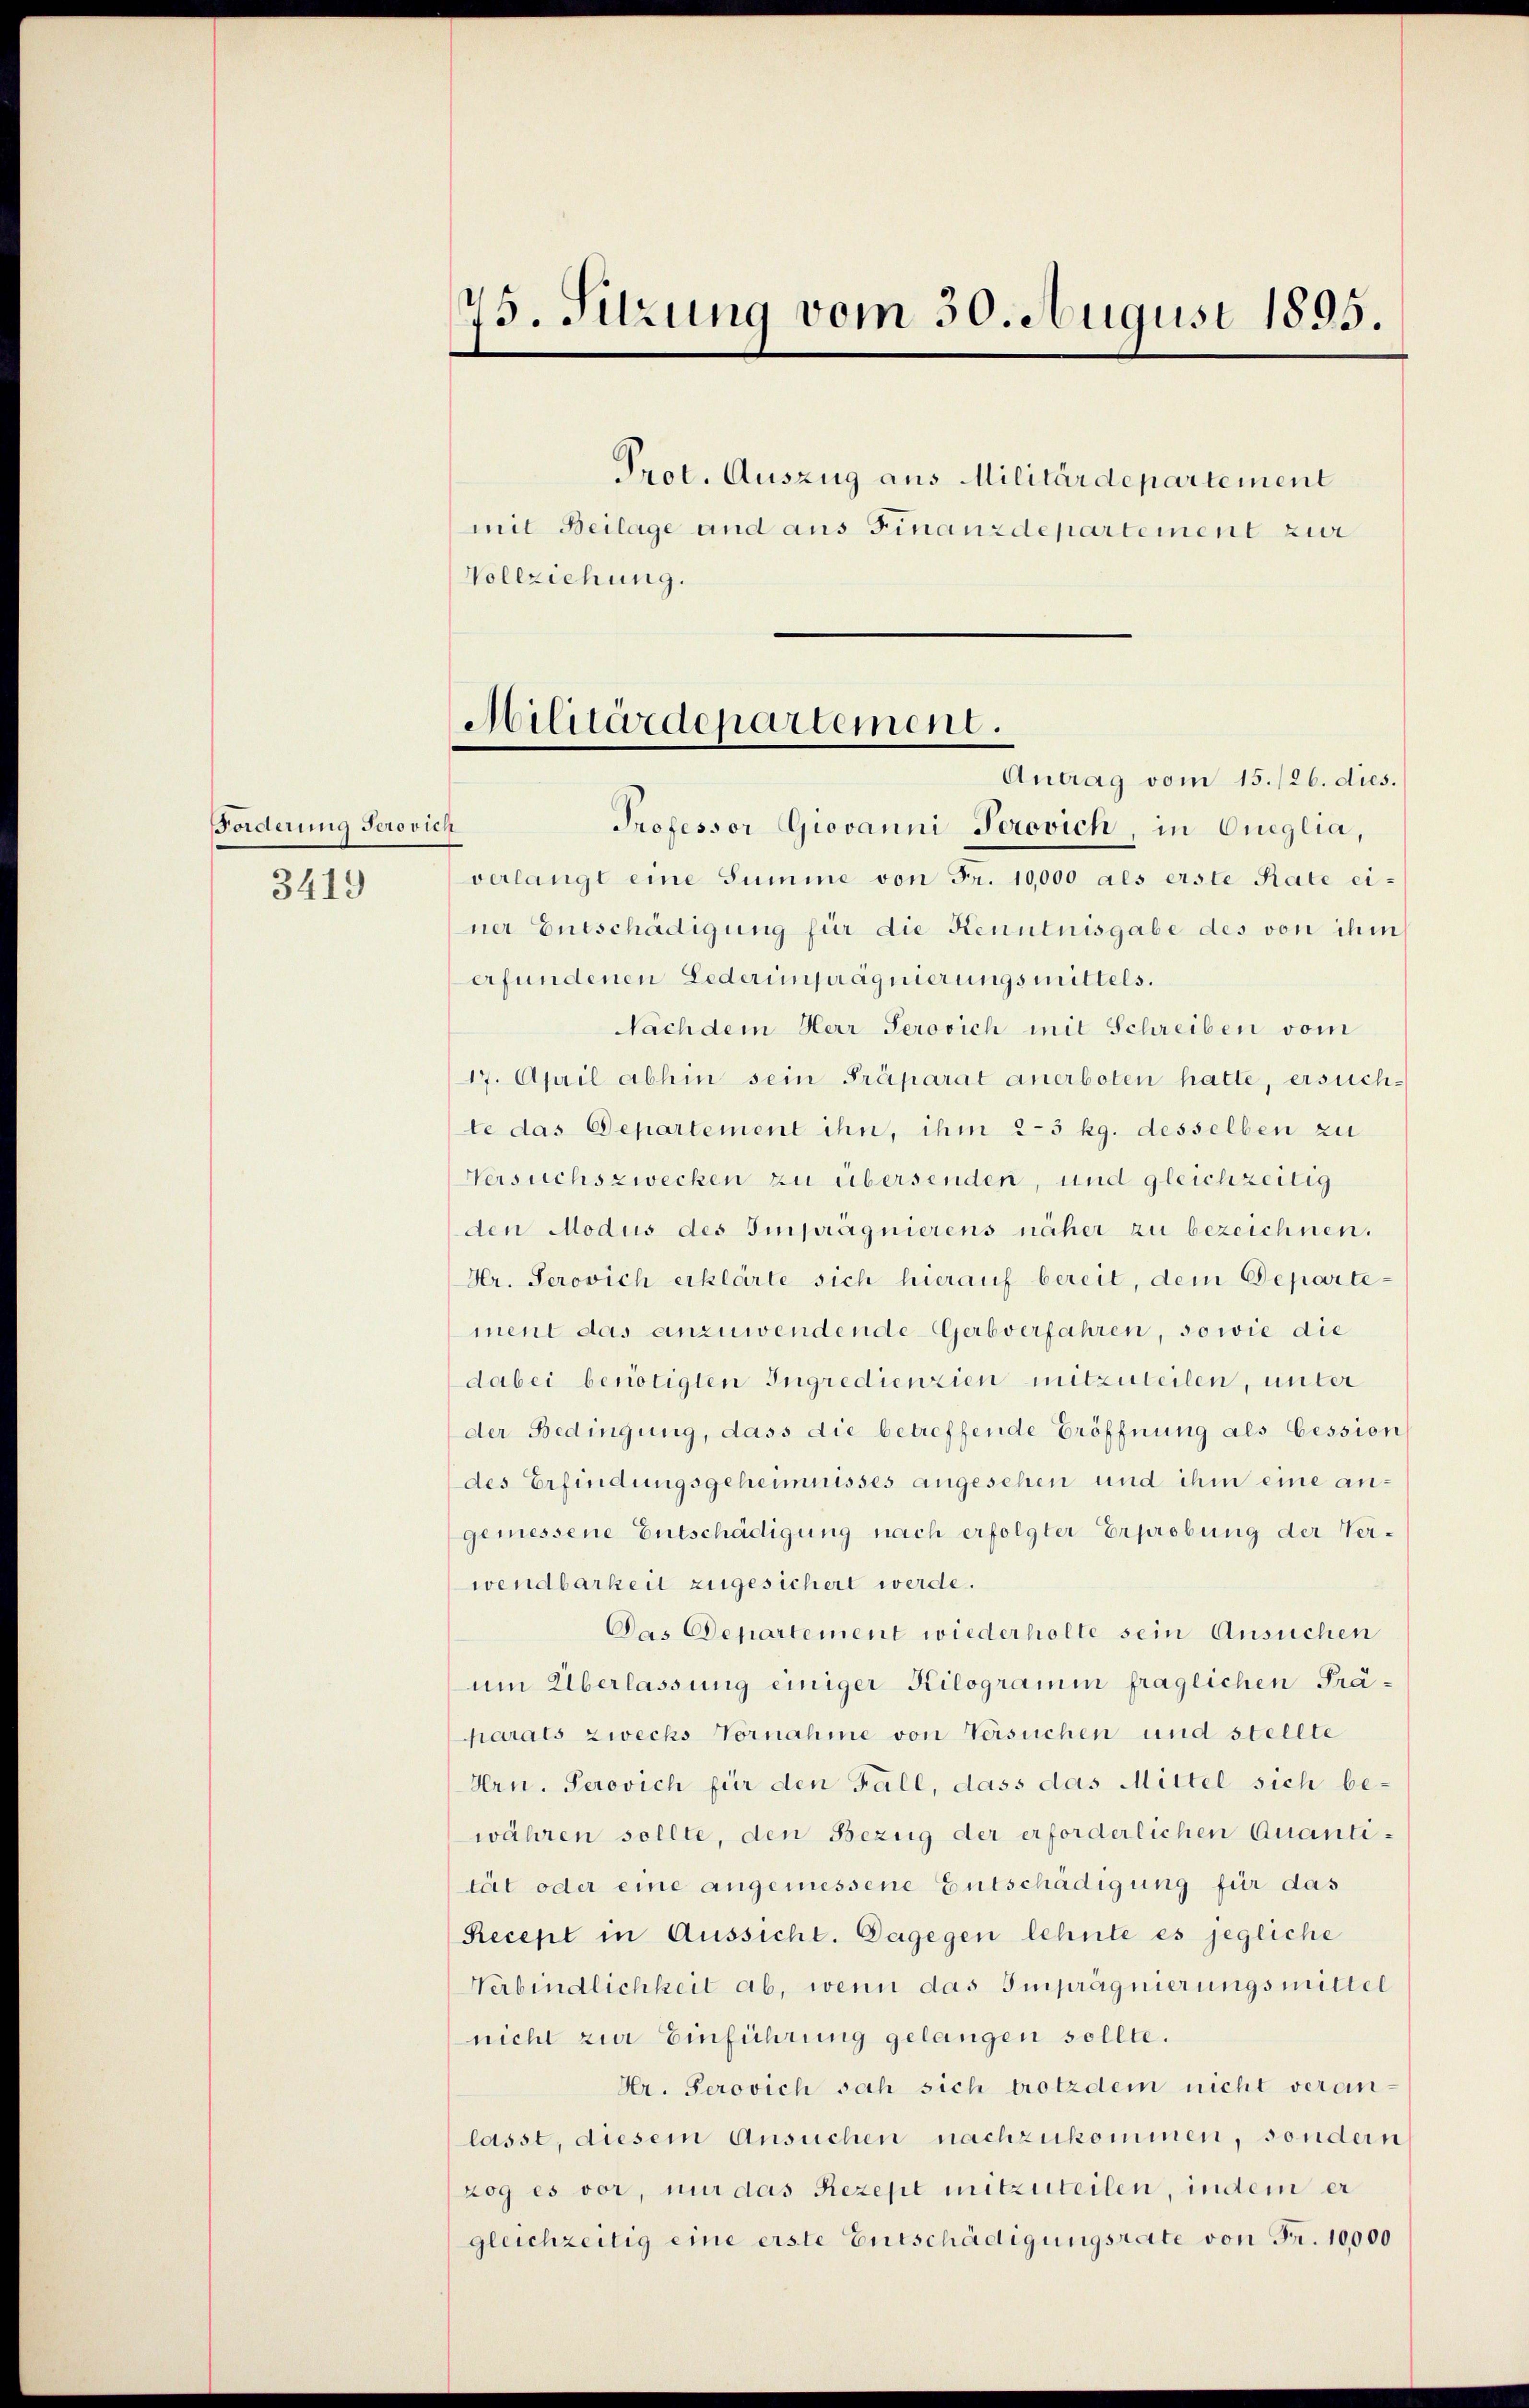
Forderung Perovich
3419

Professor Giovanni Perovich in Oueglia,
verlangt eine Summe von Fr. 10,000 als erste Rate einer Entschädigung für die Kenntnisgabe des von ihm
erfundenen Lederimprägnierungsmittels.
Nachdem Herr Perovich mit Schreiben vom
17. April abhin sein Präparat anerboten hatte, ersuchte das Departement ihn, ihm 2-3 kg. desselben zu
Versuchszwecken zu übersenden, und gleichzeitig
den Modus des Imprägnierens näher zu bezeichnen.
Hr. Perovich erklärte sich hierauf bereit, dem Departe
ment das anzuwendende Gerbverfahren, sowie die
dabei benötigten Ingredienzien mitzuteilen, unter
der Bedingung, dass die betreffende Eröffnung als Cession
des Erfindungsgeheimnisses angesehen und ihm eine angemessene Entschädigung nach erfolgter Erprobung der Verwendbarkeit zugesichert werde.
Das Departement wiederholte sein Ansuchen
um Überlassung einiger Kilogramin fraglichen Präparats zwecks Vornahme von Versuchen und stellte
Hrn. Perovich für den Fall, dass das Mittel sich bewähren sollte, den Bezug der erforderlichen Quantität oder eine angemessene Entschädigung für das
Recept in Aussicht. Dagegen lehnte es jegliche
Verbindlichkeit ab, wenn das Imprägnierungsmittel
nicht zur Einführung gelangen sollte.
Hr. Perovich sah sich trotzdem nicht veranlasst, diesem Ansuchen nachzukommen, sondern
zog es vor, nur das Rezept mitzuteilen, indem er
gleichzeitig eine erste Entschädigungsrate von Fr. 10,000

75. Sitzung vom 30. August 1895.

Prot. Auszug aus Militärdepartement
mit Beilage and aus Finanzdepartement zur
Vollziehung.

Militärdepartement.
Antrag vom 15./26. dies.